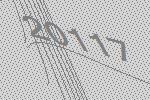
20117